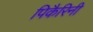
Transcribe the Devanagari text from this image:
पिकैरिनी